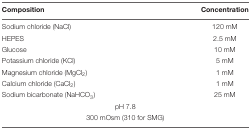
| Composition | Concentration |
 | --- | --- |
 | Sodium chloride (NaCl) | 120 mM |
 | HEPES | 2.5 mM |
 | Glucose | 10 mM |
 | Potassium chloride (KCl) | 5 mM |
 | Magnesium chloride (MgCl2) | 1 mM |
 | Calcium chloride (CaCl2) | 1 mM |
 | Sodium bicarbonate (NaHCO3) | 25 mM |
 | <COLSPAN=2> pH 7.8 |
 | <COLSPAN=2> 300 mOsm (310 for SMG) |